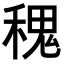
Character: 𥠎